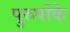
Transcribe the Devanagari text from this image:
पुरुषोंके